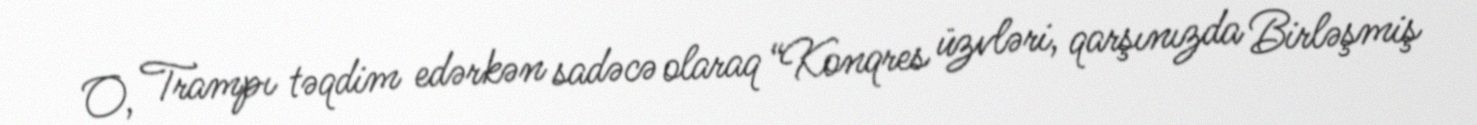
O, Trampı təqdim edərkən sadəcə olaraq “Konqres üzvləri, qarşınızda Birləşmiş